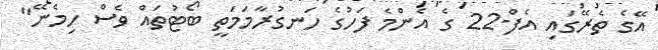
އޭގެ ތެރޭގައި އެފް-22 ގެ އެންމެ ފަހުގެ ހަނގުރާމަމަތީ ބޯޓުތައް ވެސް ހިމެނޭ"